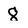
Character: 8